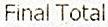
FINAL TOTAL